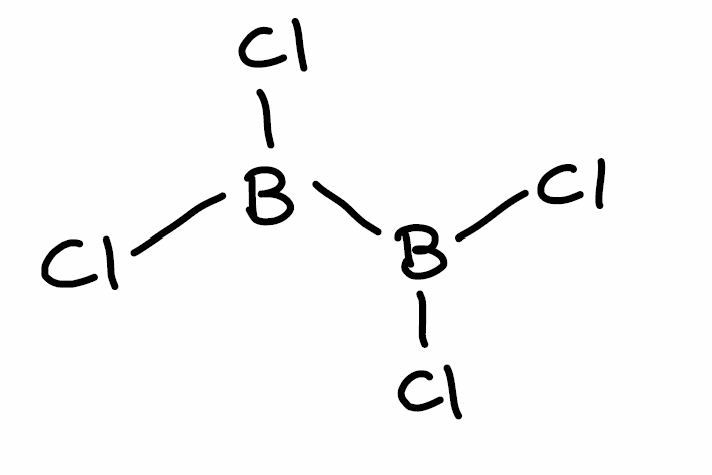
Simplified molecular-input line-entry system (SMILES) notation of the given molecule:
B(B(Cl)Cl)(Cl)Cl